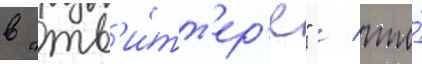
в "тв'и́тт'ер'е" / что́